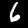
Digit: 6